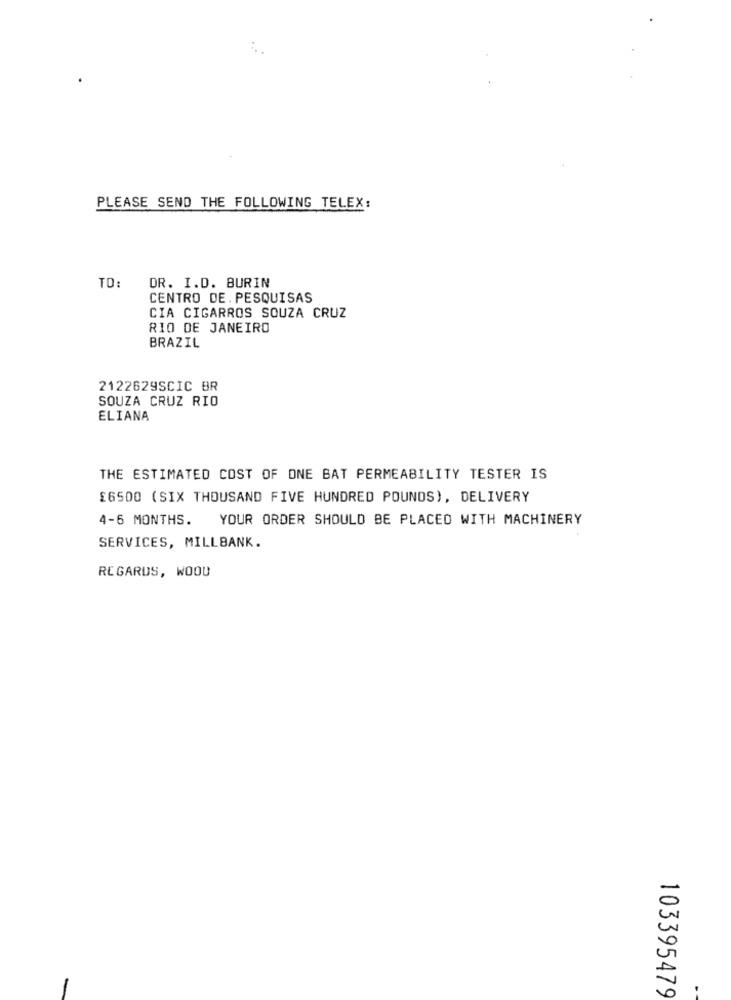
PLEASE SEND THE FOLLOWING TELEX:
TO:
DR. I.D. BURIN
CENTRO DE. PESQUISAS
CIA CIGARROS SOUZA CRUZ
RIO DE JANEIRO
BRAZIL
2122629SCIC BR
SOUZA CRUZ RIO
ELIANA
THE ESTIMATED COST OF ONE BAT PERMEABILITY TESTER IS
£6500 (SIX THOUSAND FIVE HUNDRED POUNDS), DELIVERY
4-6 MONTHS. YOUR ORDER SHOULD BE PLACED WITH MACHINERY
SERVICES, MILLBANK.
REGARDS, WOOD
103395479